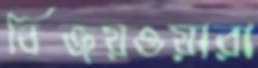
বিজয়ওয়ারা